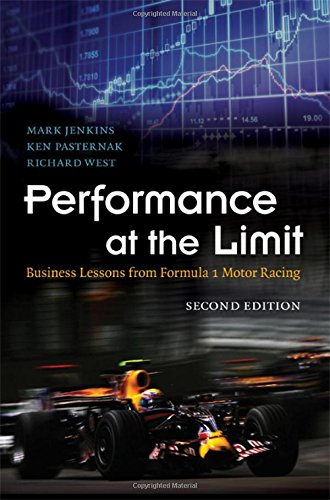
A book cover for Performance at the Limit: Business Lessons from Formula 1 Motor Racing; Mark Jenkins; Engineering & Transportation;